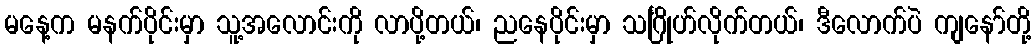
မနေ့က မနက်ပိုင်းမှာ သူ့အလောင်းကို လာပို့တယ်၊ ညနေပိုင်းမှာ သင်္ဂြိုဟ်လိုက်တယ်၊ ဒီလောက်ပဲ ကျနော်တို့